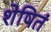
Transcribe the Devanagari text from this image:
शेषितं